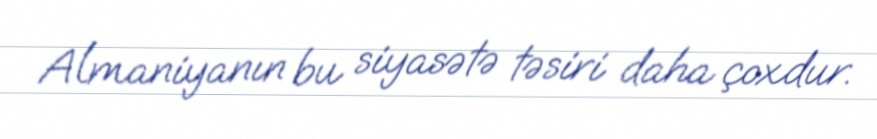
Almaniyanın bu siyasətə təsiri daha çoxdur.